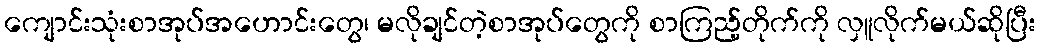
ကျောင်းသုံးစာအုပ်အဟောင်းတွေ၊ မလိုချင်တဲ့စာအုပ်တွေကို စာကြည့်တိုက်ကို လှူလိုက်မယ်ဆိုပြီး